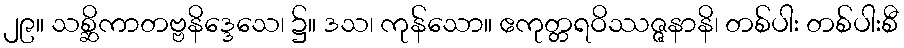
၂၉။ သစ္ဆိကာတဗ္ဗနိဒ္ဒေသေ၊ ၌။ ဒသ၊ ကုန်သော။ ဧကုတ္တရဝိဿဇ္ဇနာနိ၊ တစ်ပါး တစ်ပါးစီ